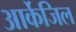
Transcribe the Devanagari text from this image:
आर्केजिल